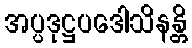
အပ္ပဒုဋ္ဌပဒေါသိနန္တိ